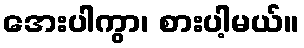
အေးပါကွာ၊ စားပါ့မယ်။